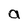
Character: a